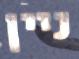
ניין